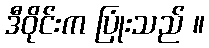
ဒီဝိုင်းက ပြုံးသည် ။